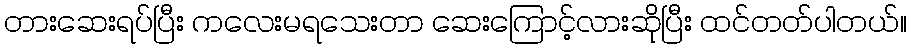
တားဆေးရပ်ပြီး ကလေးမရသေးတာ ဆေးကြောင့်လားဆိုပြီး ထင်တတ်ပါတယ်။